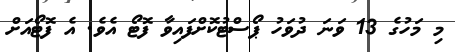
މި މަހުގެ 13 ވަނަ ދުވަހު ޕޯސްޓުކޮށްފައިވާ ފޮޓޯ އެވެ. އެ ފޮޓޯއަށް